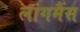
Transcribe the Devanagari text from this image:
लांगमैंस